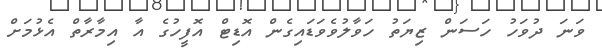
ވަނަ ދުވަހު ހަސަން ޒިޔަތު ހަވާލުވެވަޑައިގެން އޮޑިޓް އޮފީހުގެ އާ އިމާރާތް އެޅުމަށް